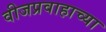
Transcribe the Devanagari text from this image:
वीजप्रवाहाच्या